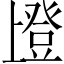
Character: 𱱹